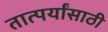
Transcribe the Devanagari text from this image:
तात्पर्यांसाठी